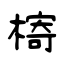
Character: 槣